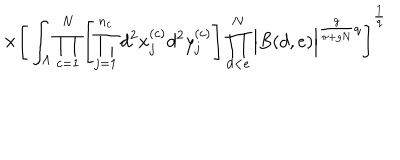
LaTeX: \times \Bigg [ \int _ { \Lambda } \prod _ { c = 1 } ^ { N } \left[ \prod _ { j = 1 } ^ { n _ { c } } d ^ { 2 } x _ { j } ^ { ( c ) } d ^ { 2 } y _ { j } ^ { ( c ) } \right] \prod _ { d < e } ^ { N } \Big | B ( d , e ) \Big | ^ { \frac { g } { \pi + g N } q } \Bigg ] ^ { \frac { 1 } { q } }